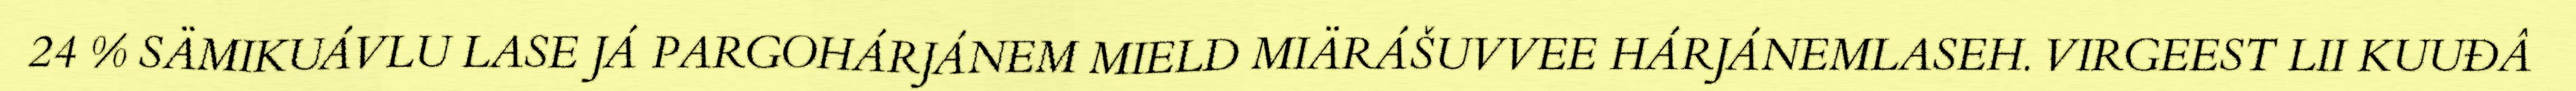
24 % SÄMIKUÁVLU LASE JÁ PARGOHÁRJÁNEM MIELD MIÄRÁŠUVVEE HÁRJÁNEMLASEH. VIRGEEST LII KUUĐÂ